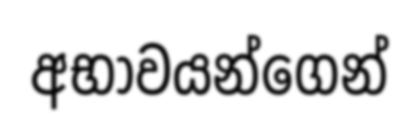
අභාවයන්ගෙන්